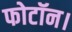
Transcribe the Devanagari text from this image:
फोटॉन।